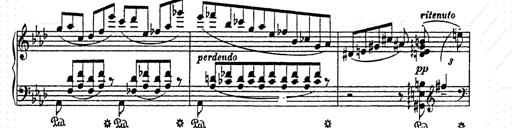
Title: AnnÃ©es de pÃ¨lerinage II
Composer: Franz Liszt